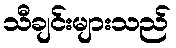
သီချင်းများသည်